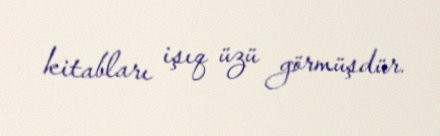
kitabları işıq üzü görmüşdür.